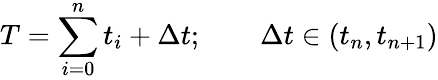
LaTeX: T=\sum_{i=0}^{n}t_{i}+\Delta t;\qquad\Delta t\in(t_{n},t_{n+1})